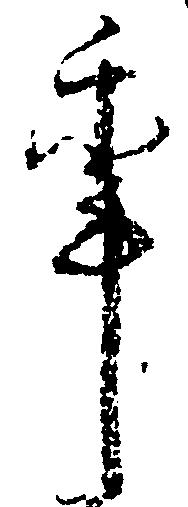
年